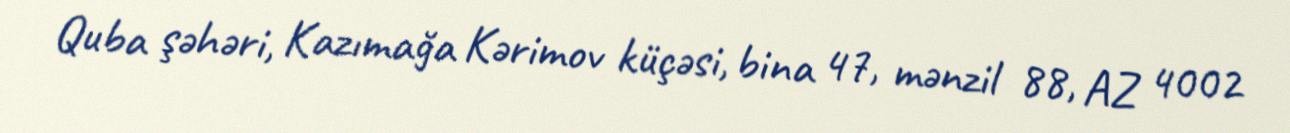
Quba şəhəri, Kazımağa Kərimov küçəsi, bina 47, mənzil 88, AZ 4002